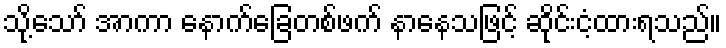
သို့သော် အာကာ နောက်ခြေတစ်ဖက် နာနေသဖြင့် ဆိုင်းငံ့ထားရသည်။